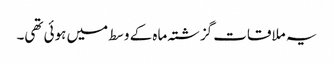
یہ ملاقات گزشتہ ماہ کے وسط میں ہوئی تھی۔